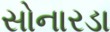
સોનારડા